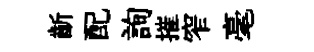
齗配詢摧窄毫